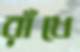
রাঁধে